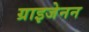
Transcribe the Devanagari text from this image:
ग्राइजेनन